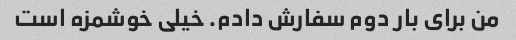
من برای بار دوم سفارش دادم. خیلی خوشمزه است